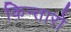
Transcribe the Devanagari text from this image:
किन्तारो